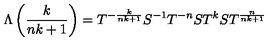
\Lambda \left( \frac { k } { n k + 1 } \right) = T ^ { - \frac { k } { n k + 1 } } S ^ { - 1 } T ^ { - n } S T ^ { k } S T ^ { \frac { n } { n k + 1 } }